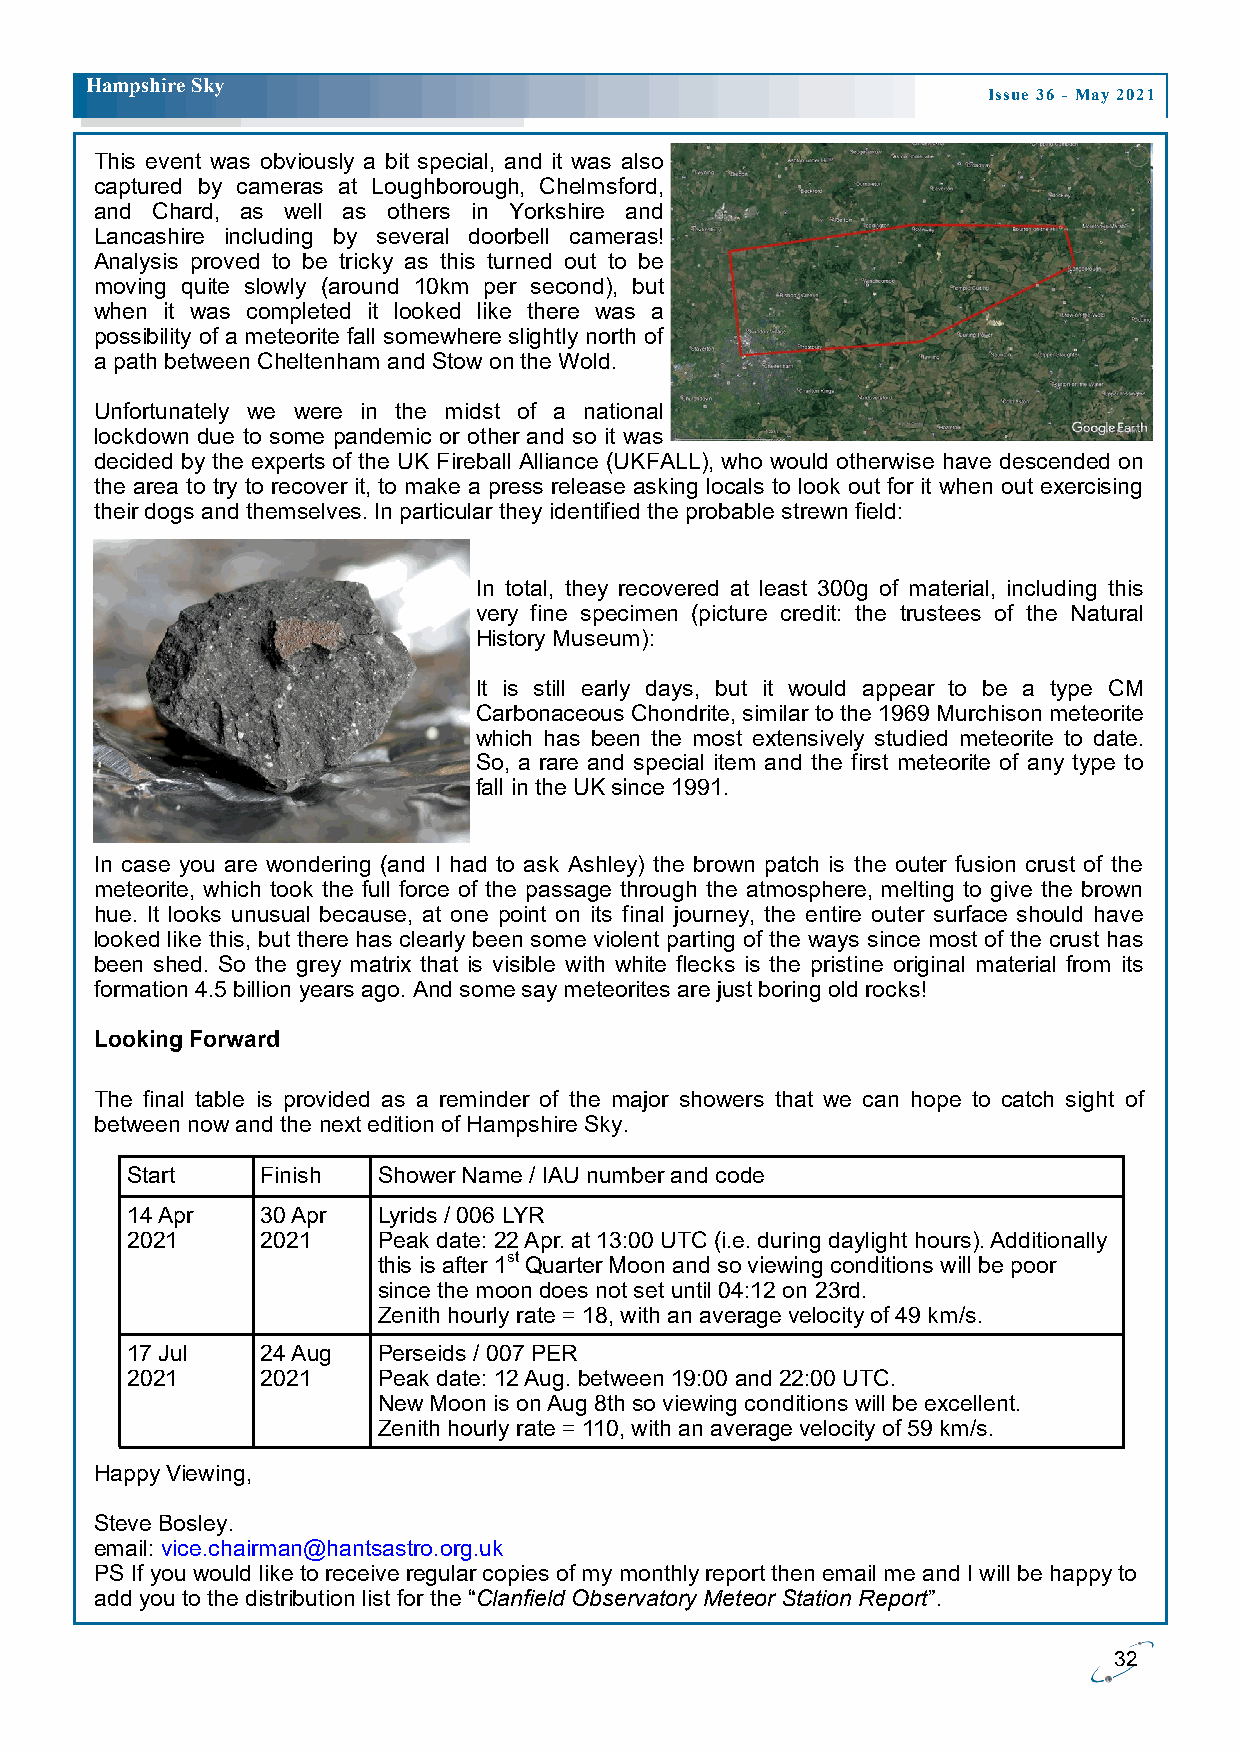
H ampshire Sky
 Issue 36 - May 2021
 This event was obviously a bit special, and it was also
 captured by cameras at Loughborough, Chelmsford,
 and Chard, as well as others in Yorkshire and
 Lancashire including by several doorbell cameras!
 Analysis proved to be tricky as this turned out to be
 moving quite slowly (around 10km per second), but
 when it was completed it looked like there was a
 possibility of a meteorite fall somewhere slightly north of
 a path between Cheltenham and Stow on the Wold.
 Unfortunately we were in the midst of a national
 lockdown due to some pandemic or other and so it was
 decided by the experts of the UK Fireball Alliance (UKFALL), who would otherwise have descended on
 the area to try to recover it, to make a press release asking locals to look out for it when out exercising
 their dogs and themselves. In particular they identified the probable strewn field:
 In total, they recovered at least 300g of material, including this
 very fine specimen (picture credit: the trustees of the Natural
 History Museum):
 It is still early days, but it would appear to be a type CM
 Carbonaceous Chondrite, similar to the 1969 Murchison meteorite
 which has been the most extensively studied meteorite to date.
 So, a rare and special item and the first meteorite of any type to
 fall in the UK since 1991.
 In case you are wondering (and I had to ask Ashley) the brown patch is the outer fusion crust of the
 meteorite, which took the full force of the passage through the atmosphere, melting to give the brown
 hue. It looks unusual because, at one point on its final journey, the entire outer surface should have
 looked like this, but there has clearly been some violent parting of the ways since most of the crust has
 been shed. So the grey matrix that is visible with white flecks is the pristine original material from its
 formation 4.5 billion years ago. And some say meteorites are just boring old rocks!
 Looking Forward
 The final table is provided as a reminder of the major showers that we can hope to catch sight of
 between now and the next edition of Hampshire Sky.
 Start    Finish  Shower Name / IAU number and code
 14 Apr   30 Apr  Lyrids / 006 LYR
 2021     2021    Peak date: 22 Apr. at 13:00 UTC (i.e. during daylight hours). Additionally
 this is after 1st Quarter Moon and so viewing conditions will be poor
 since the moon does not set until 04:12 on 23rd.
 Zenith hourly rate = 18, with an average velocity of 49 km/s.
 17 Jul   24 Aug  Perseids / 007 PER
 2021     2021    Peak date: 12 Aug. between 19:00 and 22:00 UTC.
 New Moon is on Aug 8th so viewing conditions will be excellent.
 Zenith hourly rate = 110, with an average velocity of 59 km/s.
 Happy Viewing,
 Steve Bosley.
 email: vice.chairman@hantsastro.org.uk
 PS If you would like to receive regular copies of my monthly report then email me and I will be happy to
 add you to the distribution list for the “Clanfield Observatory Meteor Station Report”.
 32